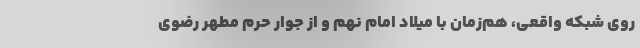
روی شبکه واقعی، هم‌زمان با میلاد امام نهم و از جوار حرم مطهر رضوی